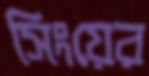
সিংয়ের